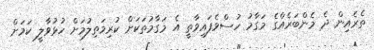
ތެރެއިން ދެ މެންބަރެއްގެ މަގާމު ހުސްވެފައިވާތީ އެ މަގާމުތަކަށް ކުރިމަތިލުމަށް ހުޅުވާލީ ކަމަށް